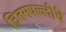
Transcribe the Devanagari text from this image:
चितमपल्लींचे